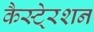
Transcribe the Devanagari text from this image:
कैस्टे्रशन